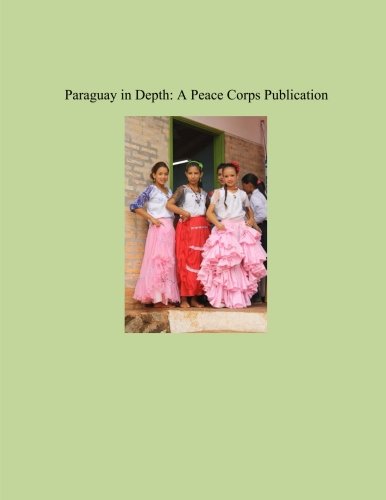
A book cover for Paraguay in Depth: A Peace Corps Publication; Peace Corps; Travel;